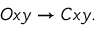
O x y \rightarrow C x y .